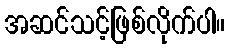
အဆင်သင့်ဖြစ်လိုက်ပါ။